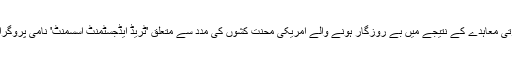
ڈیموکریٹ ارکان کے تحفظات کو دور کرنے کے لیے صدر اوباما نے اس تجارتی معاہدے کے نتیجے میں بے روزگار ہونے والے امریکی محنت کشوں کی مدد سے متعلق 'ٹریڈ ایڈجسٹمنٹ اسسمنٹ' نامی پروگرام بھی بِل میں شامل کیا ہے لیکن ایوان کے ارکان کے تحفظات تاحال برقرار ہیں۔